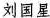
刘国星